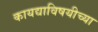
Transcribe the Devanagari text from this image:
कायद्याविषयीच्या